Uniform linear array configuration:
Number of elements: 24
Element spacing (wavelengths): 0.75
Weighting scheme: kaiser
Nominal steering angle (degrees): -60
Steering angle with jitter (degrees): -59.93
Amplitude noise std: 0.05
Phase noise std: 0.05

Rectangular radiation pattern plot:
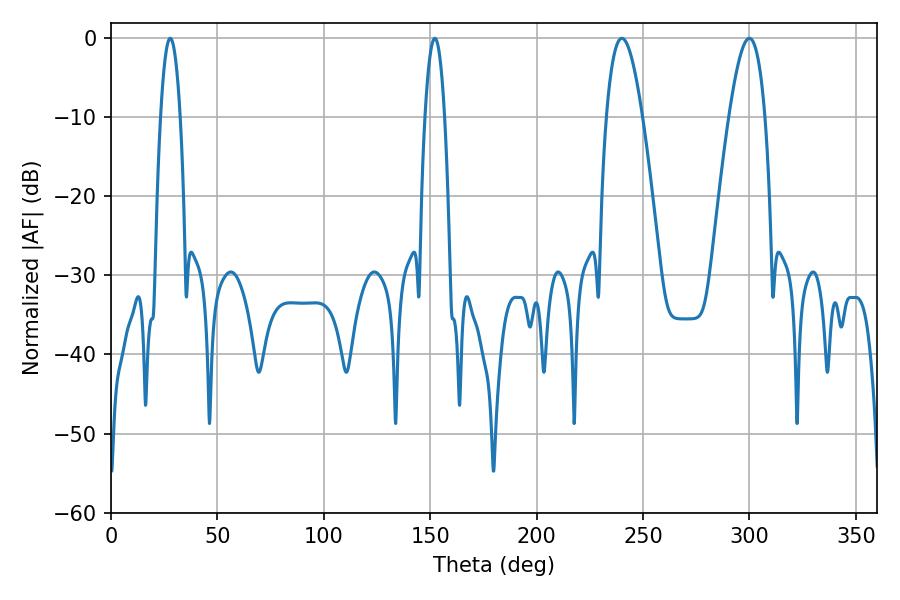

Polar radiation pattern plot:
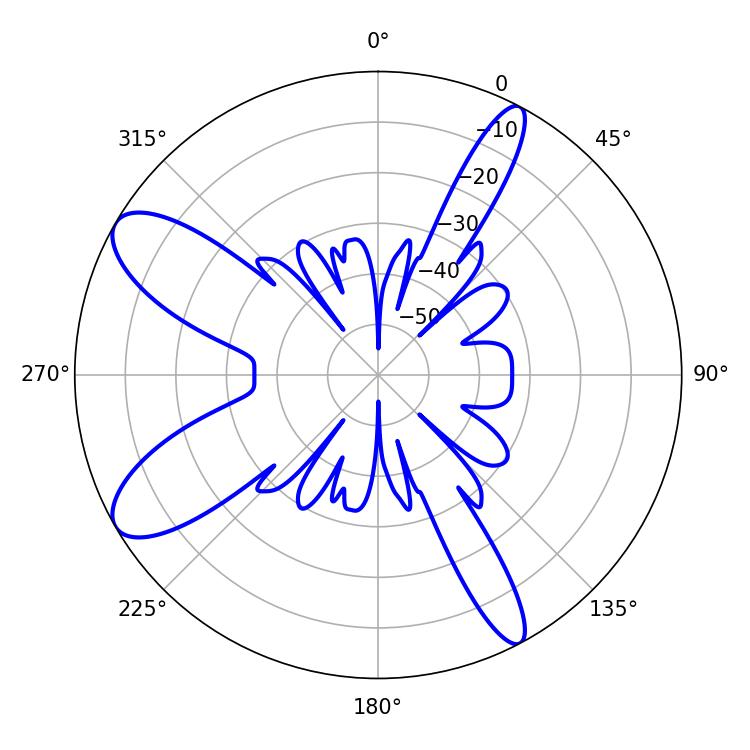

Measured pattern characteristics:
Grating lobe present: TRUE
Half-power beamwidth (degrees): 9.18
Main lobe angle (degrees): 240.12